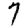
Digit: 7